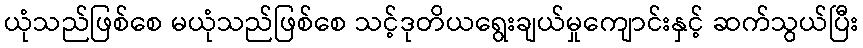
ယုံသည်ဖြစ်စေ မယုံသည်ဖြစ်စေ သင့်ဒုတိယရွေးချယ်မှုကျောင်းနှင့် ဆက်သွယ်ပြီး